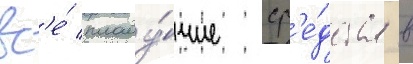
вс'е́ плаву́чие ср'е́дства в